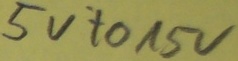
Text: 5V to 15V